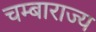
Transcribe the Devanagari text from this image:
चम्बाराज्य